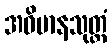
အဓိမာနသုတ္တံ